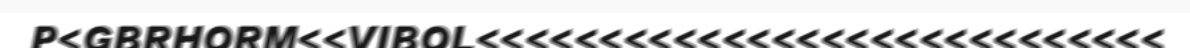
P<GBRHORM<<VIBOL<<<<<<<<<<<<<<<<<<<<<<<<<<<<